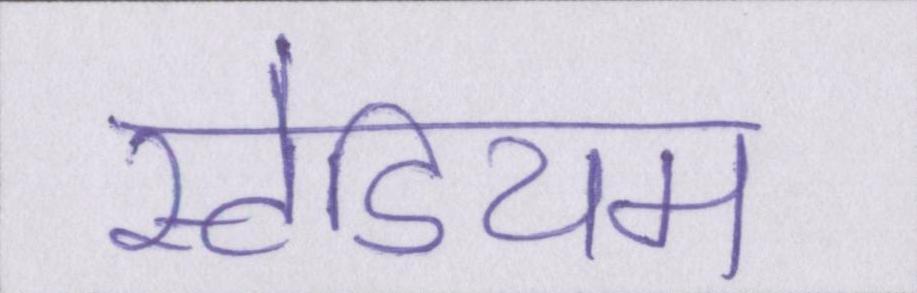
स्टेडियम